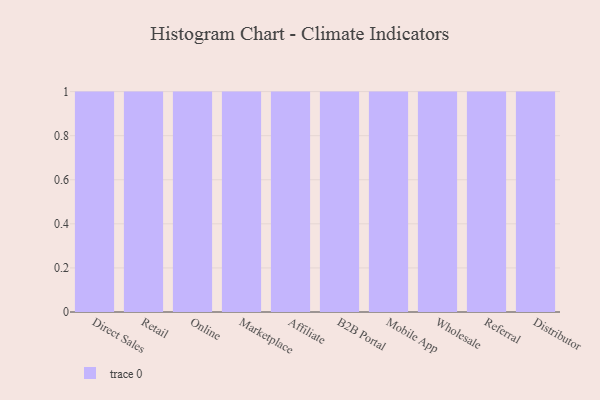
{"axis": {"x": "Channel", "y": "Website Visitors"}, "legend": [""], "data": [{"x": "Direct Sales", "y": 90, "type": ""}, {"x": "Retail", "y": 51, "type": ""}, {"x": "Online", "y": 70, "type": ""}, {"x": "Marketplace", "y": 70, "type": ""}, {"x": "Affiliate", "y": 90, "type": ""}, {"x": "B2B Portal", "y": 64, "type": ""}, {"x": "Mobile App", "y": 70, "type": ""}, {"x": "Wholesale", "y": 78, "type": ""}, {"x": "Referral", "y": 70, "type": ""}, {"x": "Distributor", "y": 77, "type": ""}]}